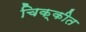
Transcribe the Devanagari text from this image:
चिक्कीत